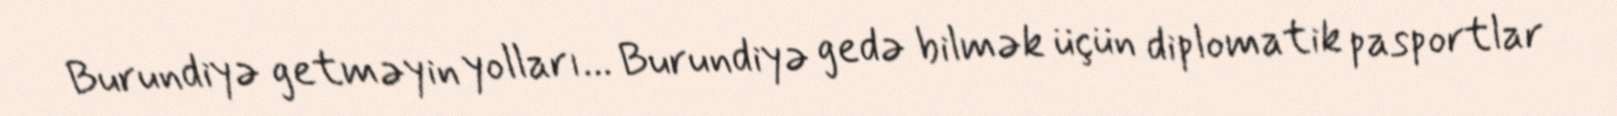
Burundiyə getməyin yolları... Burundiyə gedə bilmək üçün diplomatik pasportlar